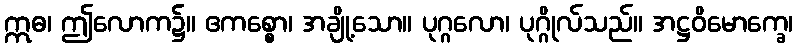
ဣဓ၊ ဤလောက၌။ ဧကစ္စော၊ အချို့သော။ ပုဂ္ဂလော၊ ပုဂ္ဂိုလ်သည်။ အဋ္ဌဝိမောက္ခေ၊